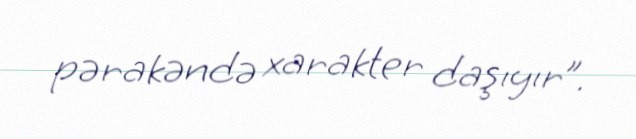
pərakəndə xarakter daşıyır”.